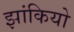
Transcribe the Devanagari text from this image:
झांकियो